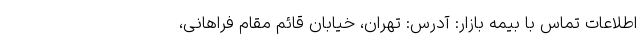
اطلاعات تماس با بیمه بازار: آدرس: تهران، خیابان قائم مقام فراهانی،